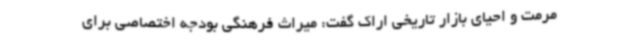
مرمت و احیای بازار تاریخی اراک گفت: میراث فرهنگی بودجه اختصاصی برای